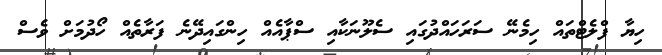
ހިޔާ ފްލެޓްތައް ހިމެނޭ ސަރަހައްދުގައި ސެލޫނަކާއި ސްޕާއެއް ހިންގައިދޭނެ ފަރާތެއް ހޯދުމަށް ވެސް